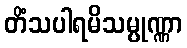
တိံသပါရမိသမ္ပုဏ္ဏာ